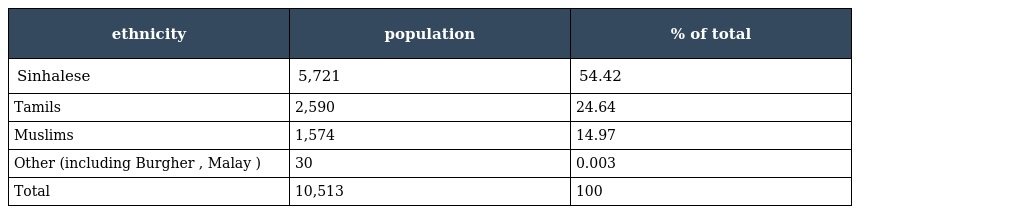
| ethnicity | population | % of total |
 | --- | --- | --- |
 | Sinhalese | 5,721 | 54.42 |
 | Tamils | 2,590 | 24.64 |
 | Muslims | 1,574 | 14.97 |
 | Other (including Burgher , Malay ) | 30 | 0.003 |
 | Total | 10,513 | 100 |